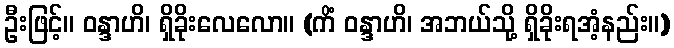
ဦးဖြင့်။ ဝန္ဒာဟိ၊ ရှိခိုးလေလော။ (ကိံ ဝန္ဒာဟိ၊ အဘယ်သို့ ရှိခိုးရအံ့နည်း။)